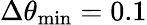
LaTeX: \Delta\theta_{\mathrm{{min}}}=0.1